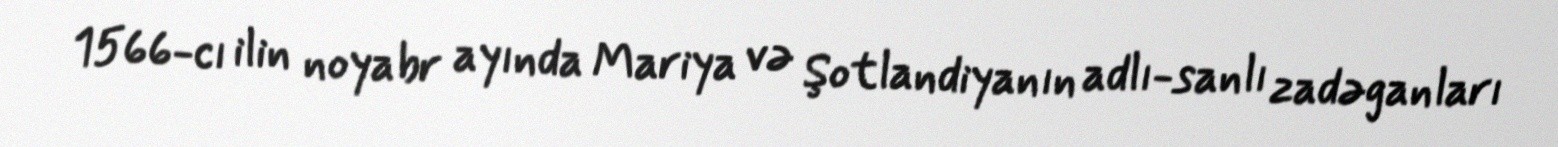
1566-cı ilin noyabr ayında Mariya və Şotlandiyanın adlı-sanlı zadəganları